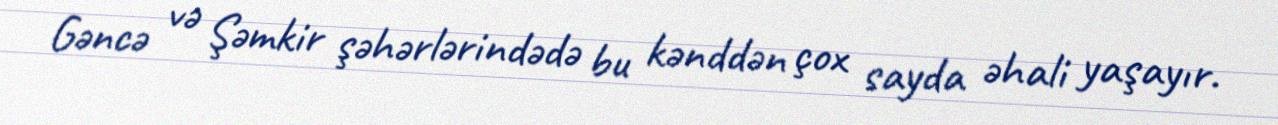
Gəncə və Şəmkir şəhərlərindədə bu kənddən çox sayda əhali yaşayır.